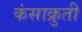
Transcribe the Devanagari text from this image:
कंसाक्रुती